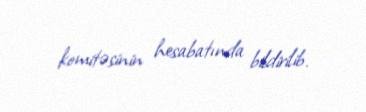
komitəsinin hesabatında bildirilib.